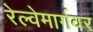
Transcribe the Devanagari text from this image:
रेल्वेमार्गवर